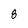
Character: 8